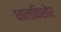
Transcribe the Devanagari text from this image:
धालकिशोर